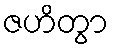
ဇဟိတွာ